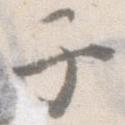
子